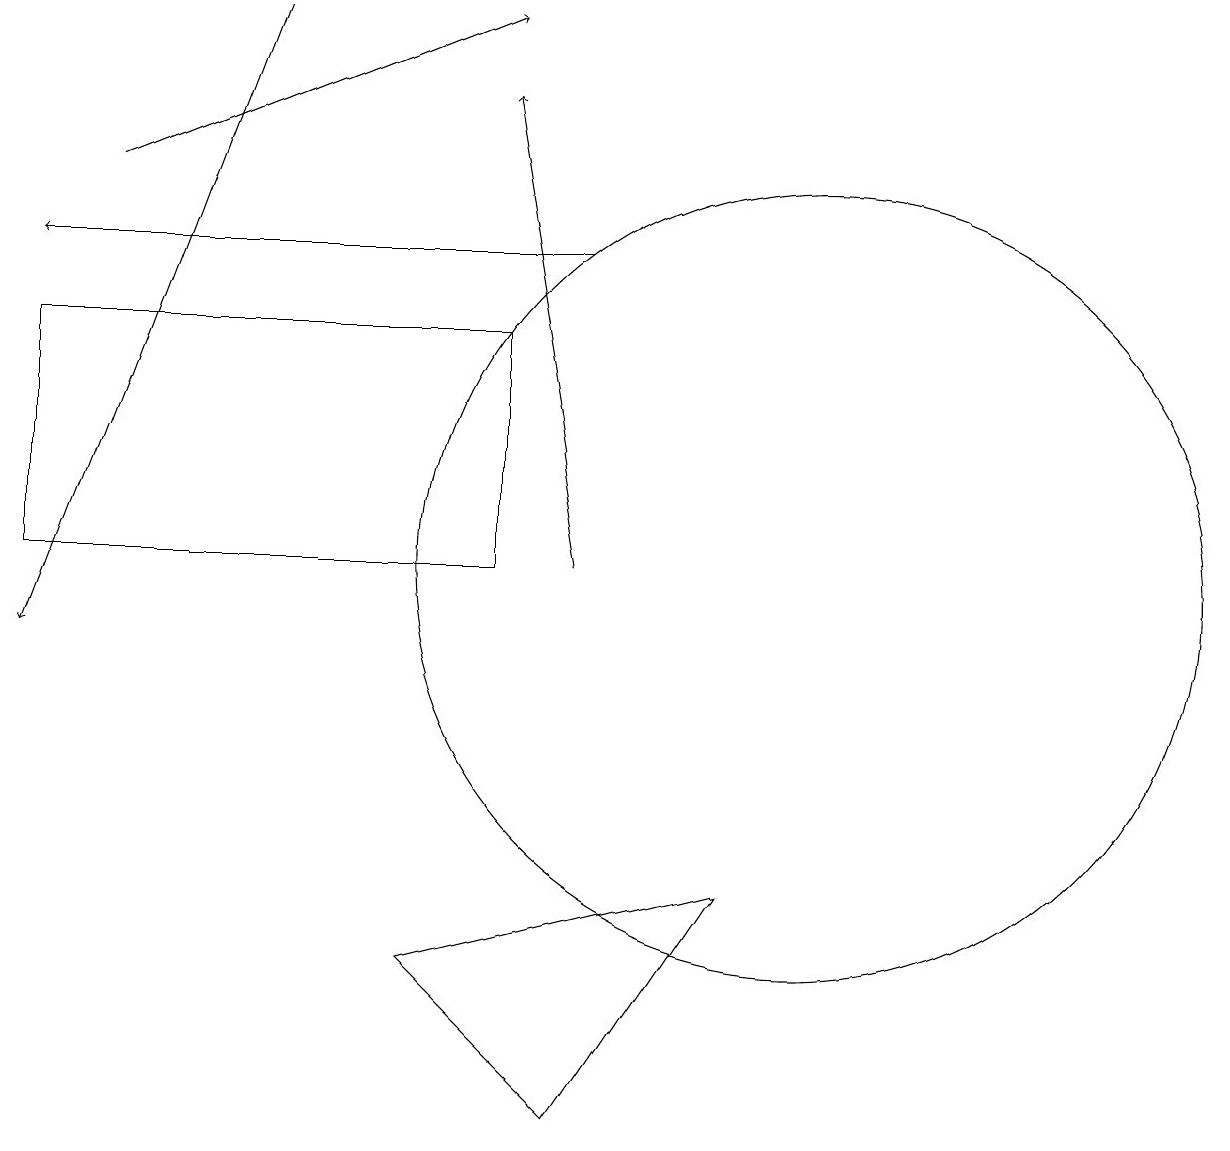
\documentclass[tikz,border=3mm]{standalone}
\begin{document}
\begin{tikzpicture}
\draw (0,14) rectangle (6,11);
\draw[->] (1,16) -- (6,18);
\draw[->] (7,15) -- (0,15);
\draw[->] (3,18) -- (0,10);
\draw (9,7) -- (5,6) -- (7,4) -- cycle;
\draw[->] (7,11) -- (6,17);
\draw (10,11) circle (5);
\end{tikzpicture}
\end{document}